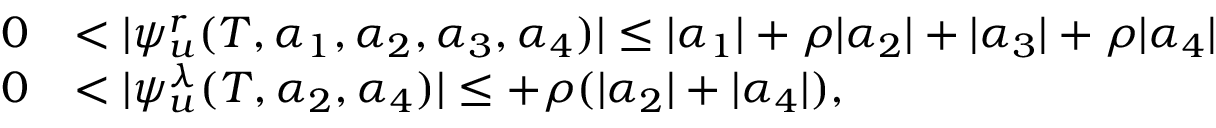
\begin{array} { r l } { 0 } & { < | \psi _ { u } ^ { r } ( T , \alpha _ { 1 } , \alpha _ { 2 } , \alpha _ { 3 } , \alpha _ { 4 } ) | \leq | \alpha _ { 1 } | + \rho | \alpha _ { 2 } | + | \alpha _ { 3 } | + \rho | \alpha _ { 4 } | } \\ { 0 } & { < | \psi _ { u } ^ { \lambda } ( T , \alpha _ { 2 } , \alpha _ { 4 } ) | \leq + \rho ( | \alpha _ { 2 } | + | \alpha _ { 4 } | ) , } \end{array}